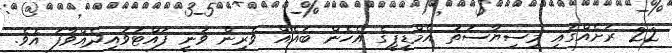
22 ރަށެއްގައި މިސިޔާސަތު އެމްޑީޕީގެ އެހެން ބައެއް ވެރިން ވަނީ ފައްޓަވައިދެއްވާފަ އެވެ.